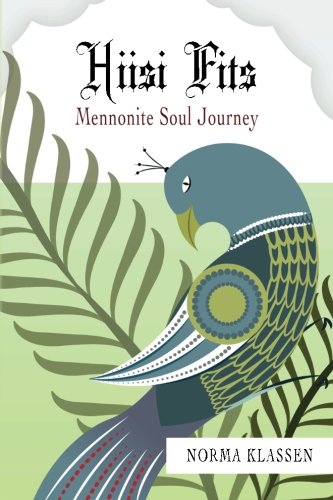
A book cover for Hiisi Fits: Mennonite Soul Journey; Ms Norma Klassen; Biographies & Memoirs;